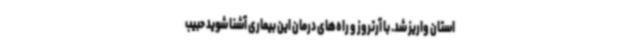
استان واریز شد. با آرتروز و راه‌های درمان این بیماری آشنا شوید حبیب